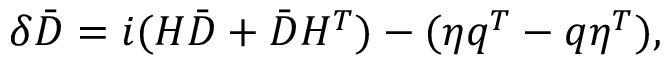
\delta \bar { D } = i ( H \bar { D } + \bar { D } H ^ { T } ) - ( \eta q ^ { T } - q \eta ^ { T } ) ,